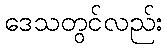
ဒေသတွင်လည်း